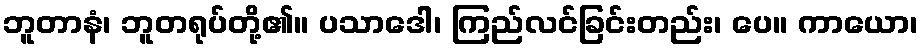
ဘူတာနံ၊ ဘူတရုပ်တို့၏။ ပသာဒေါ၊ ကြည်လင်ခြင်းတည်း၊ ပေ။ ကာယော၊